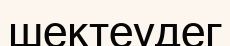
шектеудег